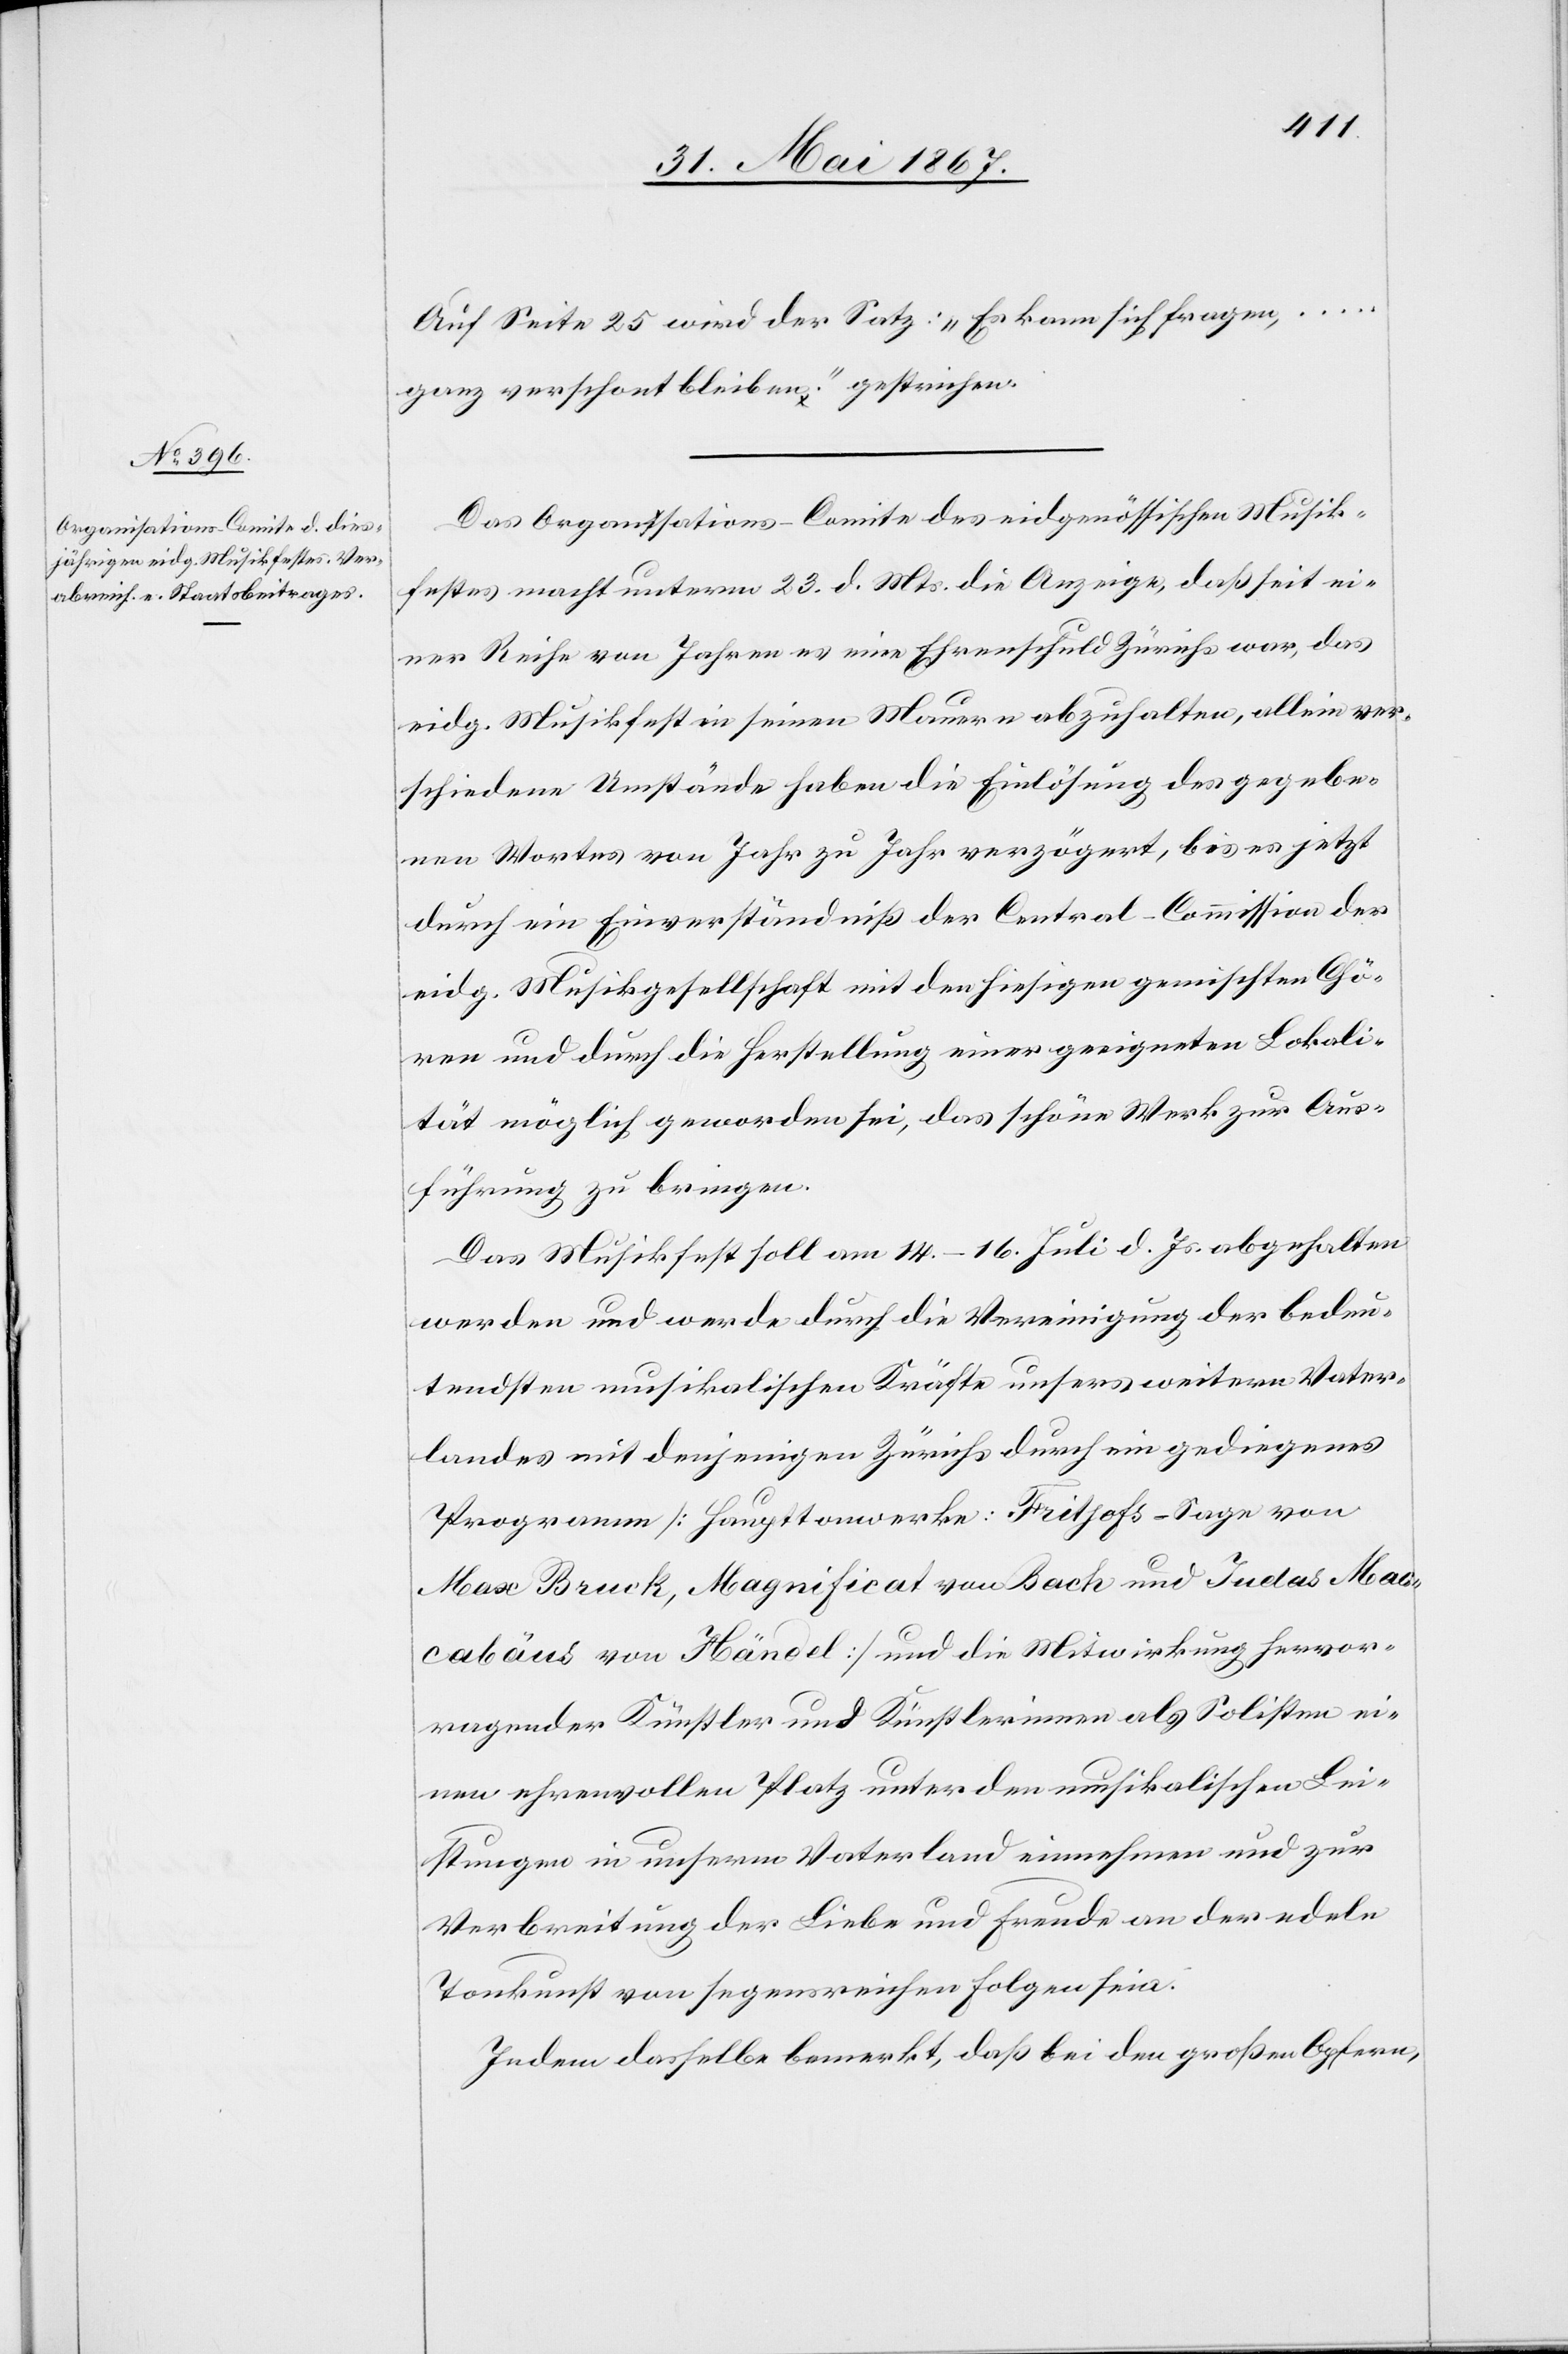
Auf Seite 25 wird der Satz: „Es kann sich fragen, …
ganz verschont bleiben.“ gestrichen.
Das Organisations-Comite des eidgenössischen Musik¬
festes macht unterm 23. d. Mts. die Anzeige, daß seit ei¬
ner Reihe von Jahren es eine Ehrenschuld Zürichs war, das
eidg. Musikfest in seinen Mauern abzuhalten, allein ver¬
schiedene Umstände haben die Einlösung des gegebe¬
nen Wortes von Jahr zu Jahr verzögert, bis es jetzt
durch ein Einverständniß der Central-Commission der
eidg. Musikgesellschaft mit den hiesigen gemischten Chö¬
ren und durch die Herstellung einer geeigneten Lokali¬
tät möglich geworden sei, das schöne Werk zur Aus¬
führung zu bringen.
Das Musikfest soll am 14.–16. Juli d. Js. abgehalten
werden und werde durch die Vereinigung der bedeu¬
tendsten musikalischen Kräfte unseres weiteren Vater¬
landes mit denjenigen Zürichs durch ein gediegenes
Programm [Haupttonwerke: Frithofs-Sage von
Max Bruck, Magnificat von Bach und Judas Mac¬
cabäus von Händel] und die Mitwirkung hervor¬
ragender Künstler und Künstlerinnen als Solisten ei¬
nen ehrenvollen Platz unter den musikalischen Lei¬
stungen in unserm Vaterland einnehmen und zur
Verbreitung der Liebe und Freude an der edeln
Tonkunst von segensreichen Folgen sein.
Indem dasselbe bemerkt, daß bei den großen Opfern,